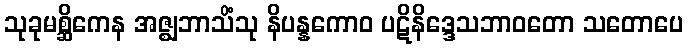
သုခုမစ္ဆိကေန အဇ္ဈဘာသိံသု နိပန္နကောဝ ပဋိနိဒ္ဒေသဘာဝတော သတောပေ